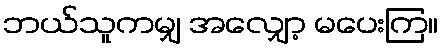
ဘယ်သူကမျှ အလျှော့ မပေးကြ။